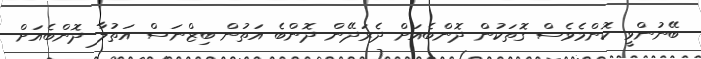
ބޭނުންވީ ކޮންމެވެސް ގޮތަކުން ދޮންބެއަށް ދެރަދޭން ދޮންބެ އަތުން ބިޒްނަސް އަތުލާ ދޮންބެއަށް